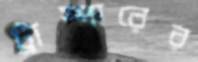
ট্রাম্পারের